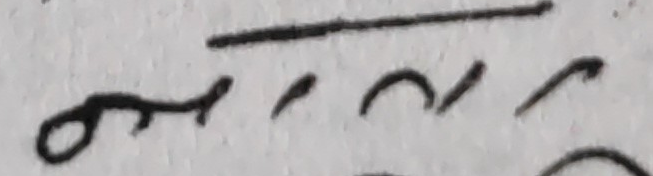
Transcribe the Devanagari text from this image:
मन